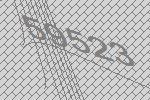
59523